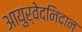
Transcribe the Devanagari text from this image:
आयुर्वेदनिदान